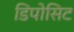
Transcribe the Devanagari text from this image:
डिपोसिट